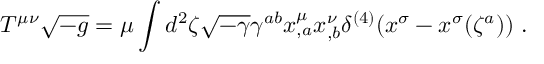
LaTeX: T ^ { \mu \nu } \sqrt { - g } = \mu \int d ^ { 2 } \zeta \sqrt { - \gamma } \gamma ^ { a b } x _ { , a } ^ { \mu } x _ { , b } ^ { \nu } \delta ^ { ( 4 ) } ( x ^ { \sigma } - x ^ { \sigma } ( \zeta ^ { a } ) ) ~ .